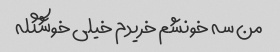
من سه خونشم خریدم خیلی خوشگله